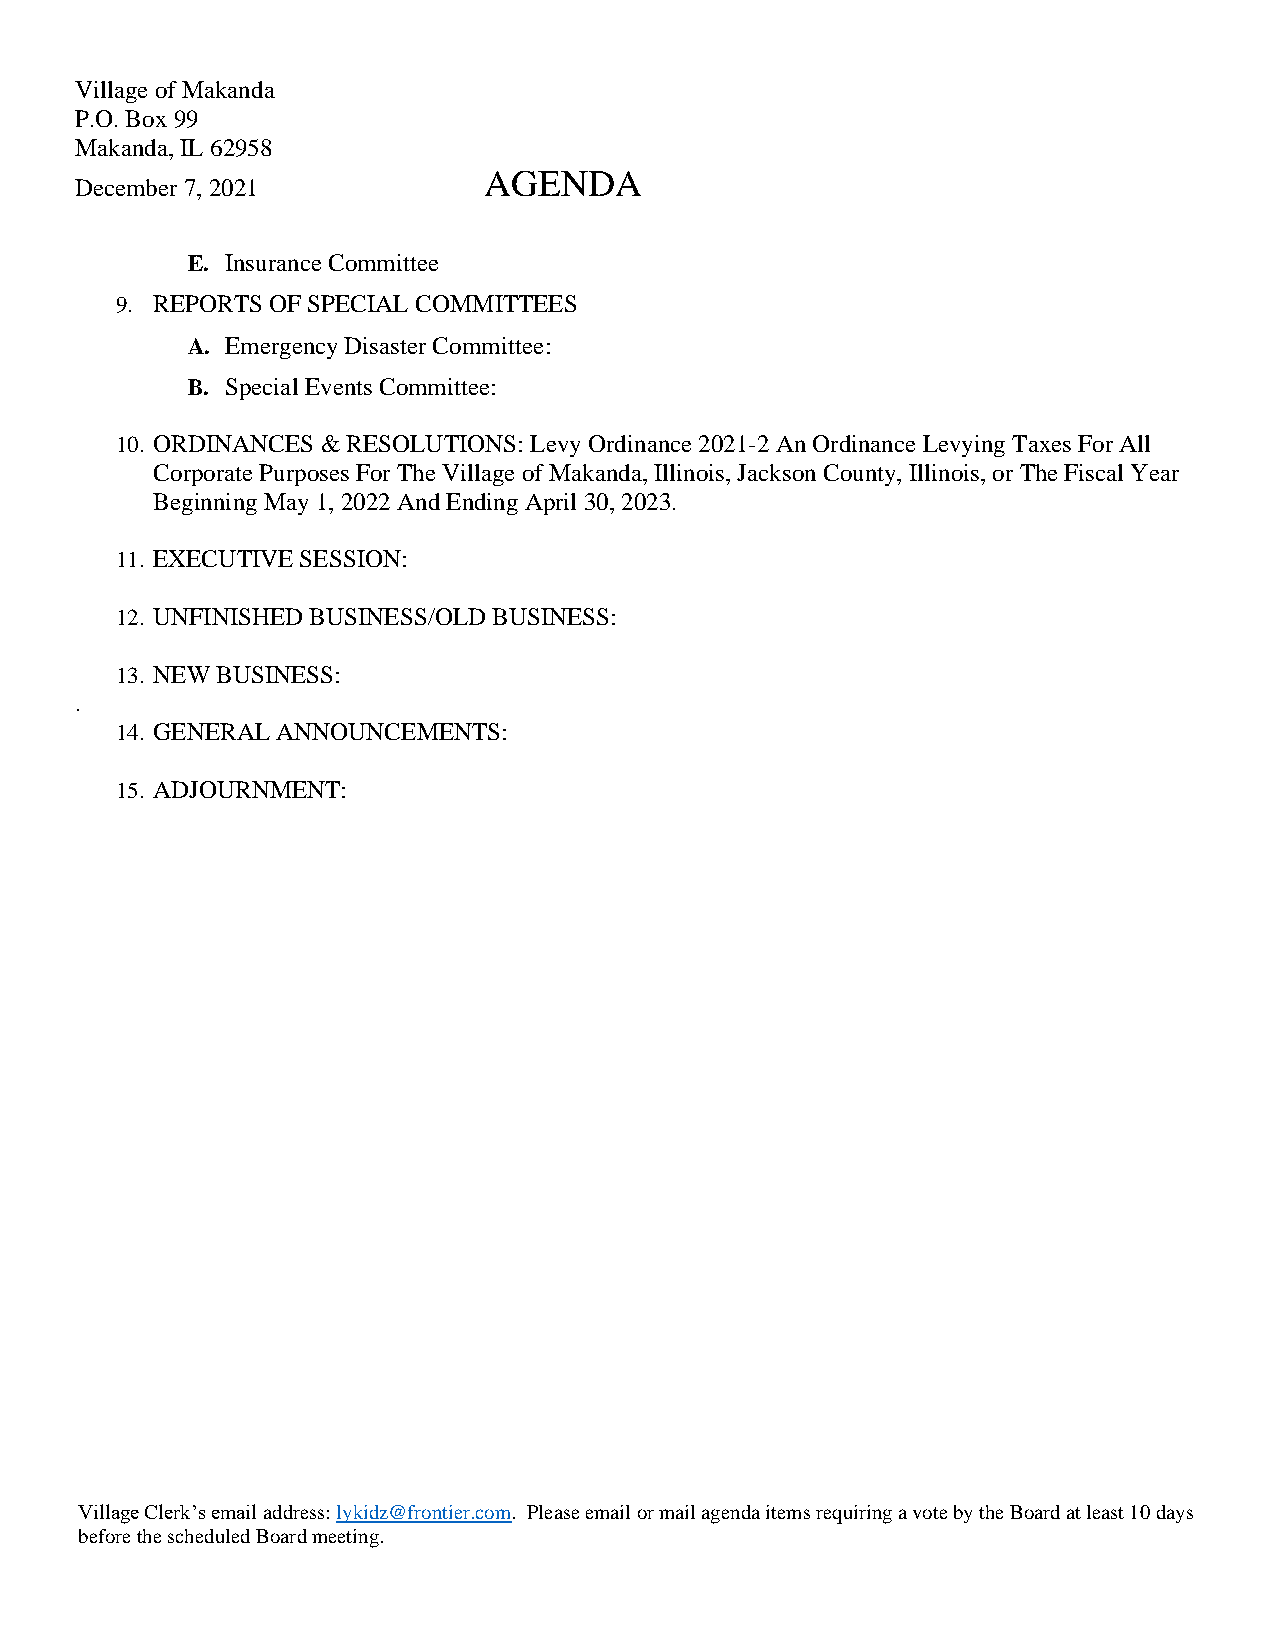
Village of Makanda
 P.O. Box 99
 Makanda, IL 62958
 AGENDA
 December 7, 2021
 E. Insurance Committee
 9. REPORTS OF SPECIAL COMMITTEES
 A. Emergency Disaster Committee:
 B. Special Events Committee:
 10. ORDINANCES & RESOLUTIONS: Levy Ordinance 2021-2 An Ordinance Levying Taxes For All
 Corporate Purposes For The Village of Makanda, Illinois, Jackson County, Illinois, or The Fiscal Year
 Beginning May 1, 2022 And Ending April 30, 2023.
 11. EXECUTIVE SESSION:
 12. UNFINISHED BUSINESS/OLD BUSINESS:
 13. NEW BUSINESS:
 .
 14. GENERAL ANNOUNCEMENTS:
 15. ADJOURNMENT:
 Village Clerk’s email address: lykidz@frontier.com. Please email or mail agenda items requiring a vote by the Board at least 10 days
 before the scheduled Board meeting.